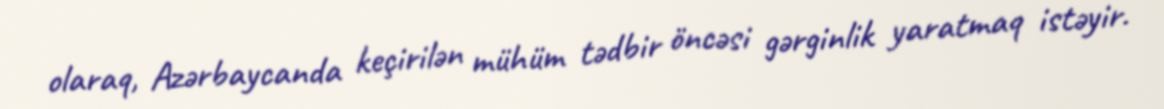
olaraq, Azərbaycanda keçirilən mühüm tədbir öncəsi gərginlik yaratmaq istəyir.